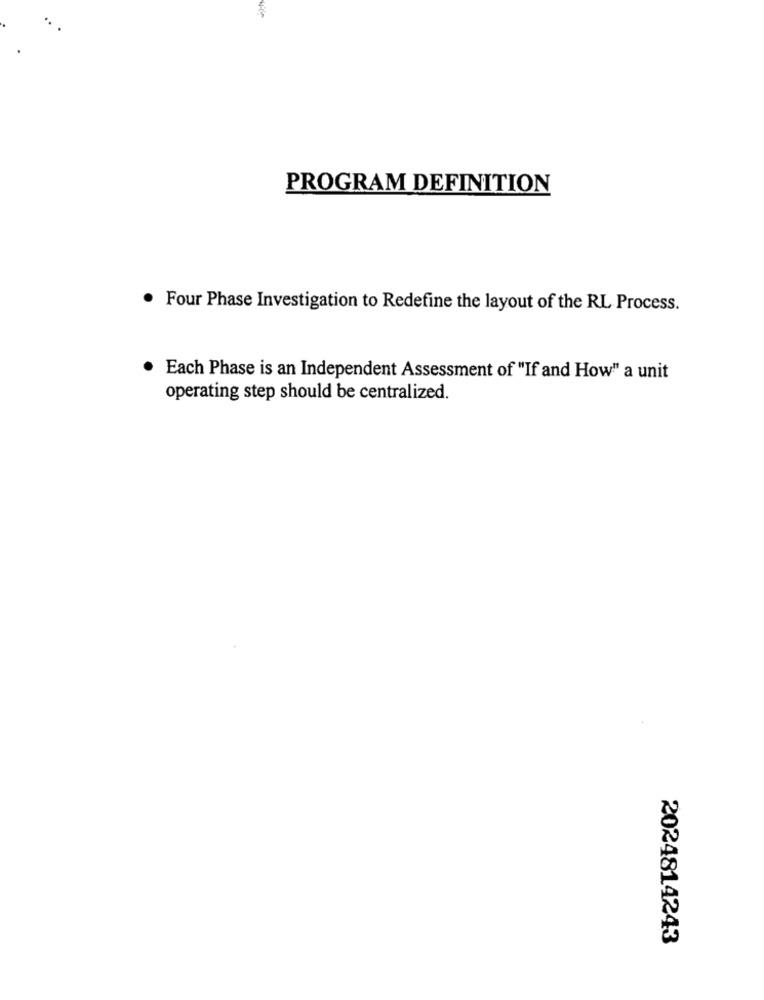
PROGRAM DEFINITION
Four Phase Investigation to Redefine the layout of the RL Process.
Each Phase is an Independent Assessment of "If and How" a unit
operating step should be centralized.
2024814243